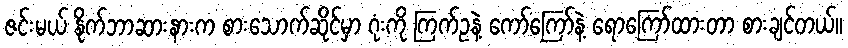
ဇင်းမယ် နိုက်ဘာဆားနားက စားသောက်ဆိုင်မှာ ဂုံးကို ကြက်ဥနဲ့ ကော်ကြော်နဲ့ ရောကြော်ထားတာ စားချင်တယ်။